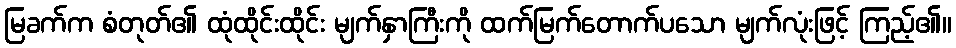
မြခက်က စံတုတ်၏ ထုံထိုင်းထိုင်း မျက်နှာကြီးကို ထက်မြက်တောက်ပသော မျက်လုံးဖြင့် ကြည့်၏။